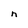
Character: n